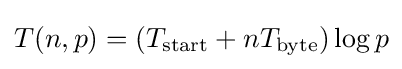
T(n,p)=(T_{\text{start}}+nT_{\text{byte}})\log p